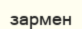
зармен